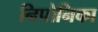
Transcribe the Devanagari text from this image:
निपोनिका